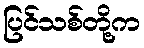
ပြင်သစ်တို့က